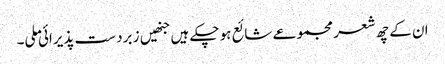
ان کے چھ شعر مجموعے شائع ہو چکے ہیں جنھیں ز برد ست پذیرائی ملی۔